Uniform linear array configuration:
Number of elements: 64
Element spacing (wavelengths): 0.75
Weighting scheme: cosine
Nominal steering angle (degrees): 15
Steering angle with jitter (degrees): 16.627
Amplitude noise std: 0.05
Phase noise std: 0.05

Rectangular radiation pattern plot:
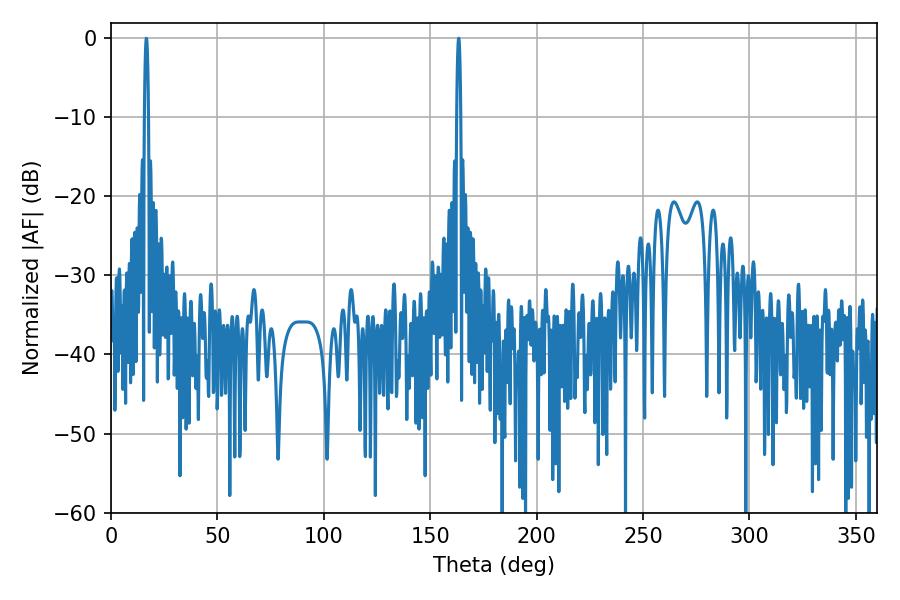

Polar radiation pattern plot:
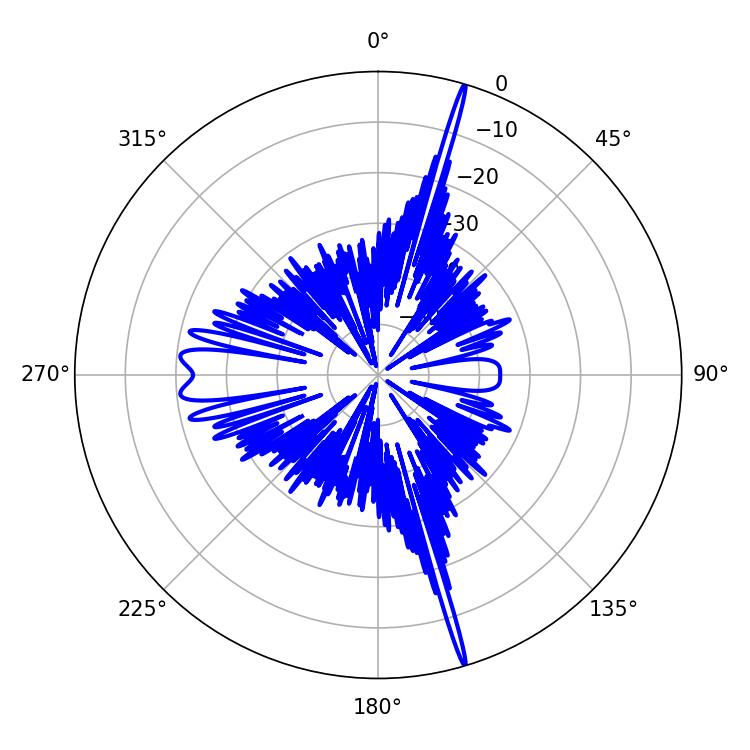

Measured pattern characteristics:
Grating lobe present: TRUE
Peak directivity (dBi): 23.145
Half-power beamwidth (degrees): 0.9
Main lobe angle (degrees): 16.56